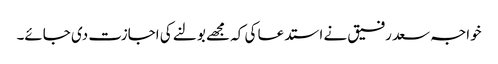
خواجہ سعد رفیق نے استدعا کی کہ مجھے بولنے کی اجازت دی جائے۔